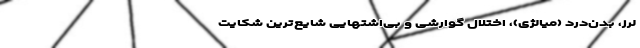
لرز، بدن‌درد (میالژی)، اختلال گوارشی و بی‌اشتهایی شایع‌ترین شکایت